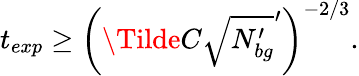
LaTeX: t_{exp}\geq\left(\Tilde{C}\sqrt{N_{bg}^{\prime}}^{\prime}\right)^{-2/3}.